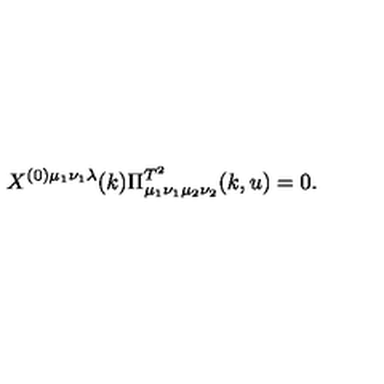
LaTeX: X ^ { ( 0 ) \mu _ { 1 } \nu _ { 1 } \lambda } ( k ) \Pi _ { \mu _ { 1 } \nu _ { 1 } \mu _ { 2 } \nu _ { 2 } } ^ { T ^ { 2 } } ( k , u ) = 0 .